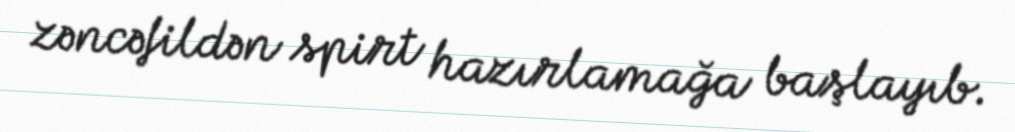
zəncəfildən spirt hazırlamağa başlayıb.